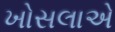
ખોસલાએ